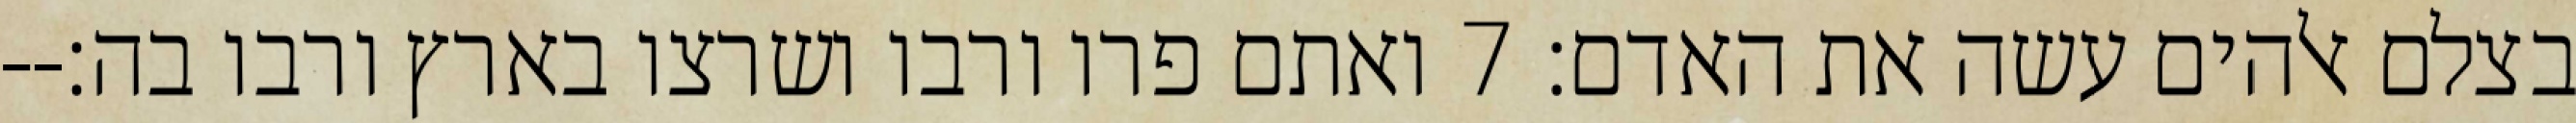
בצלם אלהים עשה את האדם׃ ‎7‏ ואתם פרו ורבו ושרצו בארץ ורבו בה׃--